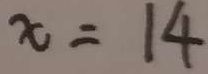
x = 1 4